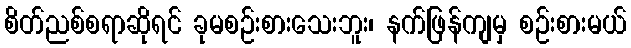
စိတ်ညစ်စရာဆိုရင် ခုမစဉ်းစားသေးဘူး၊ နက်ဖြန်ကျမှ စဉ်းစားမယ်